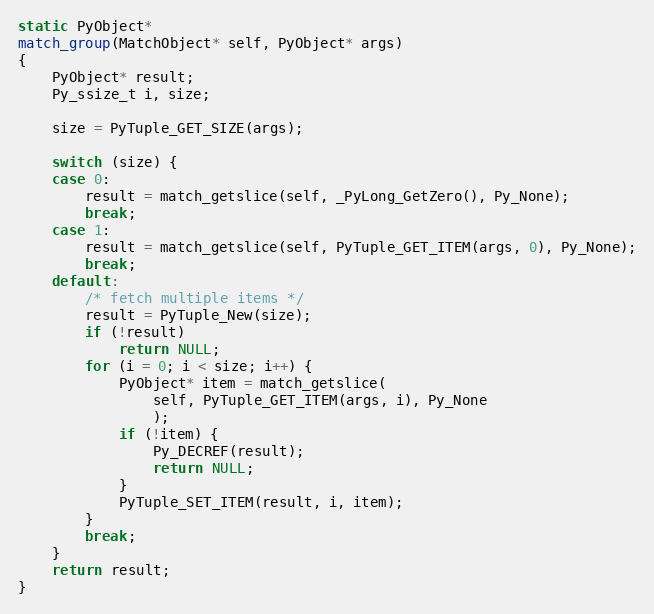
Language: C
static PyObject*
match_group(MatchObject* self, PyObject* args)
{
    PyObject* result;
    Py_ssize_t i, size;

    size = PyTuple_GET_SIZE(args);

    switch (size) {
    case 0:
        result = match_getslice(self, _PyLong_GetZero(), Py_None);
        break;
    case 1:
        result = match_getslice(self, PyTuple_GET_ITEM(args, 0), Py_None);
        break;
    default:
        /* fetch multiple items */
        result = PyTuple_New(size);
        if (!result)
            return NULL;
        for (i = 0; i < size; i++) {
            PyObject* item = match_getslice(
                self, PyTuple_GET_ITEM(args, i), Py_None
                );
            if (!item) {
                Py_DECREF(result);
                return NULL;
            }
            PyTuple_SET_ITEM(result, i, item);
        }
        break;
    }
    return result;
}